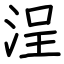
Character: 浧